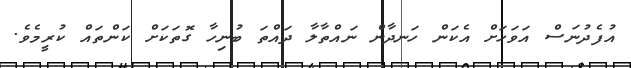
އުފެދުނަސް އަވަހަށް އެކަން ހަނދާން ނައްތާލާ ދައްތަ ބުނިހާ ގޮތަކަށް ކަންތައް ކުރީމެވެ.